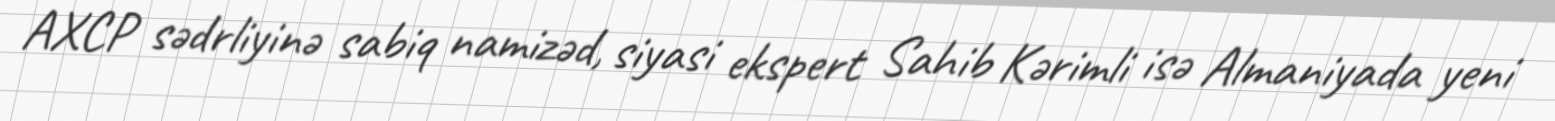
AXCP sədrliyinə sabiq namizəd, siyasi ekspert Sahib Kərimli isə Almaniyada yeni